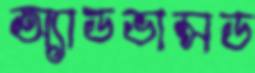
অ্যাডভান্সড